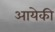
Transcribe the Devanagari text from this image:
आयेकी